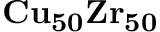
\bf C u _ { 5 0 } Z r _ { 5 0 }